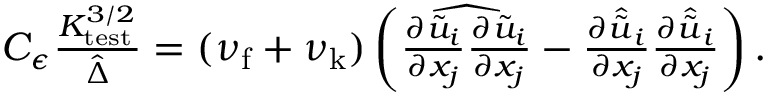
\begin{array} { r } { C _ { \epsilon } \frac { K _ { \mathrm { t e s t } } ^ { 3 / 2 } } { \hat { \Delta } } = ( \nu _ { \mathrm { f } } + \nu _ { \mathrm { k } } ) \left( \widehat { \frac { \partial \tilde { u } _ { i } } { \partial x _ { j } } \frac { \partial \tilde { u } _ { i } } { \partial x _ { j } } } - \frac { \partial \hat { \tilde { u } } _ { i } } { \partial x _ { j } } \frac { \partial \hat { \tilde { u } } _ { i } } { \partial x _ { j } } \right) . } \end{array}